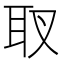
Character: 𦔹